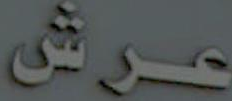
عرش